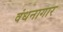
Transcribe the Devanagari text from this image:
वंधनागार